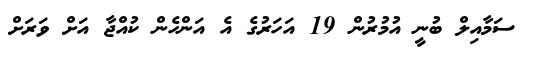
ސަމާއިލް ބުނީ އުމުރުން 19 އަހަރުގެ އެ އަންހެން ކުއްޖާ އަށް ވަރަށް